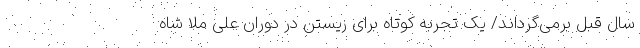
سال قبل برمی‌گرداند/ یک تجربه کوتاه برای زیستن در دوران علی ملا شاه